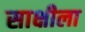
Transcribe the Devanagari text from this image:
साक्षीला